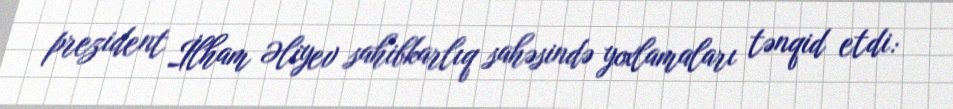
prezident İlham Əliyev sahibkarlıq sahəsində yoxlamaları tənqid etdi: